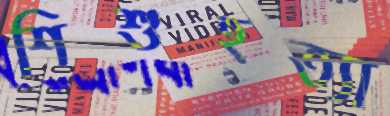
শিশুহত্যা